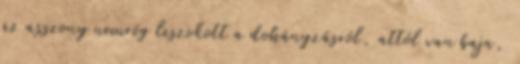
az asszony nemrég leszokott a dohányzásról, attól van baja,